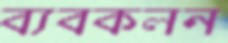
ব্যবকলন